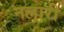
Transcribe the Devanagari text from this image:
नल्लारी